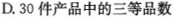
D.30件产品中的三等品数